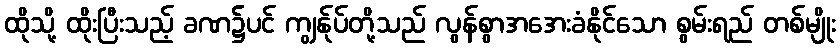
ထိုသို့ ထိုးပြီးသည့် ခဏ၌ပင် ကျွန်ုပ်တို့သည် လွန်စွာအအေးခံနိုင်သော စွမ်းရည် တစ်မျိုး